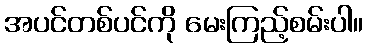
အပင်တစ်ပင်ကို မေးကြည့်စမ်းပါ။